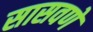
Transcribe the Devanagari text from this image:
सासवणें